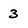
Character: 3